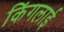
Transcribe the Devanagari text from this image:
किंगलाई